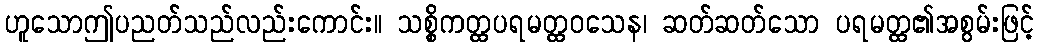
ဟူသောဤပညတ်သည်လည်းကောင်း။ သစ္စိကတ္ထပရမတ္ထဝသေန၊ ဆတ်ဆတ်သော ပရမတ္ထ၏အစွမ်းဖြင့်